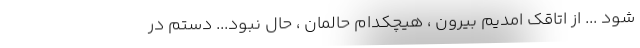
شود ... از اتاقک امدیم بیرون ، هیچکدام حالمان ، حال نبود... دستم در